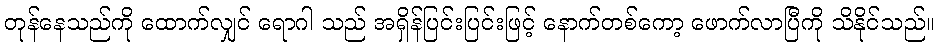
တုန်နေသည်ကို ထောက်လျှင် ရောဂါ သည် အရှိန်ပြင်းပြင်းဖြင့် နောက်တစ်ကော့ ဖောက်လာပြီကို သိနိုင်သည်။